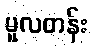
မူလတန်း